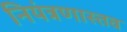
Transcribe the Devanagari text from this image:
नियंत्रणास्तव